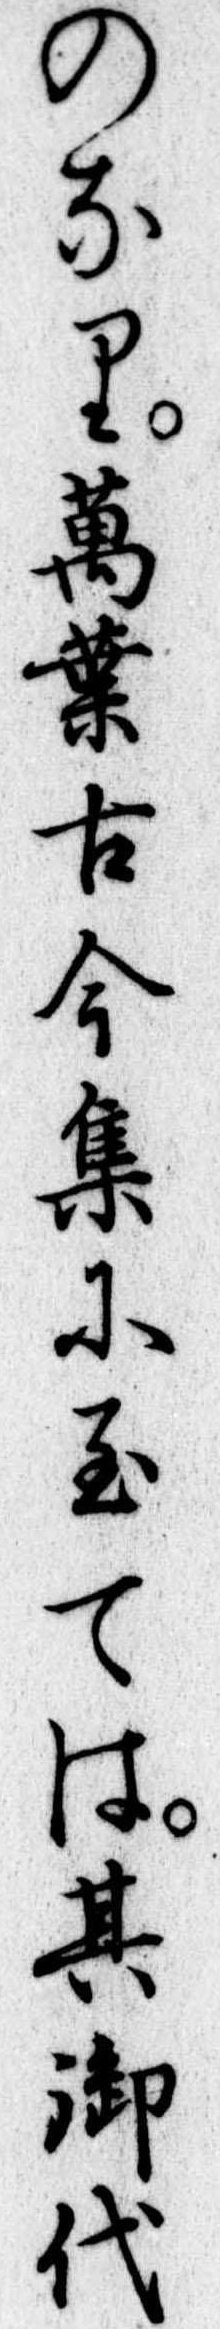
のなり万葉古今集に至ては其御代